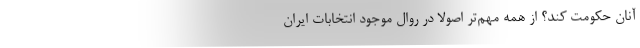
آنان حکومت کند؟ از همه مهم‌تر اصولاً در روال موجود انتخابات ایران